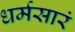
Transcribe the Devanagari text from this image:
धर्मसारं